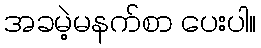
အခမဲ့မနက်စာ ပေးပါ။